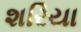
શરિયા